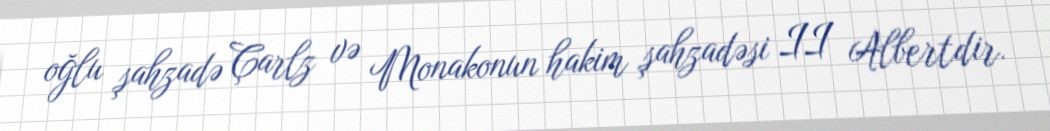
oğlu şahzadə Çarlz və Monakonun hakim şahzadəsi II Albertdir.